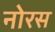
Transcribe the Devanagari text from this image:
नोरस